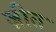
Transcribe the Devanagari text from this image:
ज़ीत